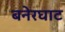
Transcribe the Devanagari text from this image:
बनेरघाट